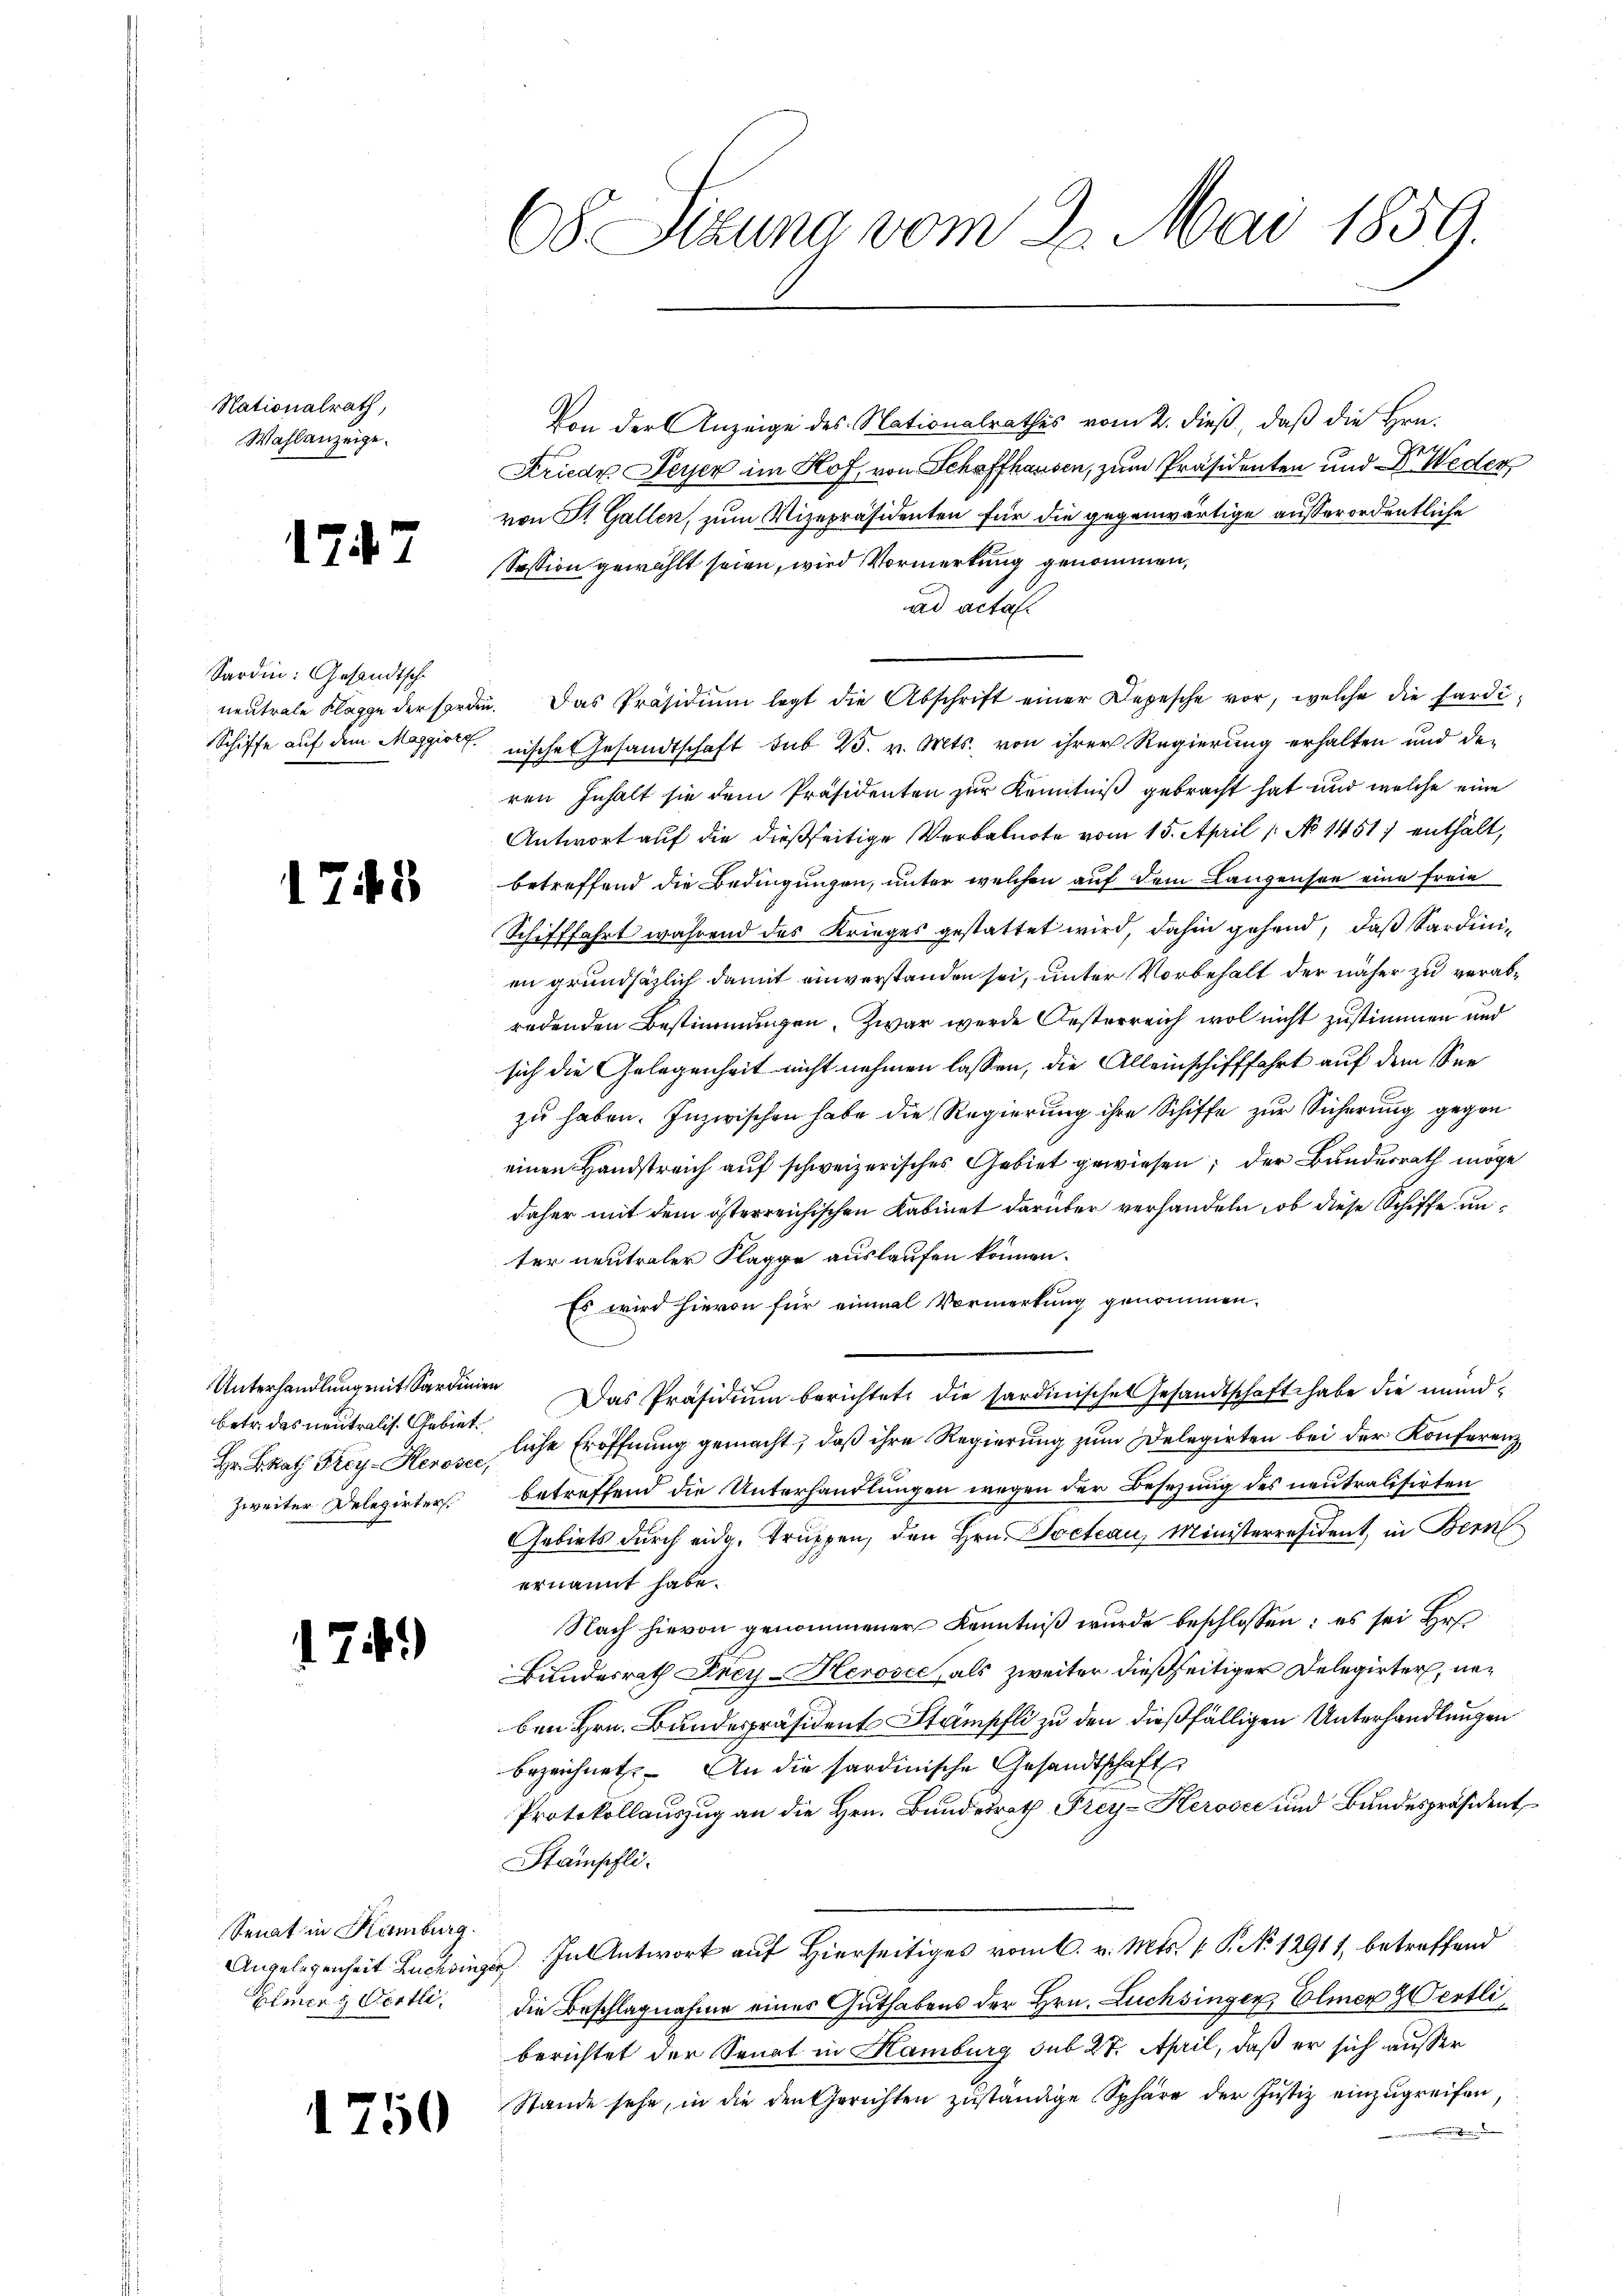
Nationalrath,
Wahlanzeige.

1747

Sardin: Gesandtsch
neutrale Klagge der Forden
Schiffe auf dem Maggiorg

1748

betr. das neutralis. Gebiet
Hr. BRat Frey-Keroser,
Zweiter Delegirter

1

)

Senat in Kamburg.
Elmer & Oertli

1250

68 Sitzung vom 2. Mai 1859.

Von der Anzeige des Nationalrathes vom 2. dieß, daß die Hrn.
Kriedr Feyer im Hof, von Schaffhausen, zum Präsidenten und Dr. Weder
von St. Gallen, zum Vizepräsidenten für die gegenwärtige ausserordentliche
Session gewählt seien, wird Vormerkung genommen,
uad acta.
. Das Präsidiŭm legt die Abschrift einer Depesche vor, welche die Sard.¬
nische Gesandtschaft sub 25. v. Mts. von ihrer Regierung erhalten und den
ren Inhalt sie dem Präsidenten zur Kenntniß gebracht hat und welche eine
Antwort auf die dießseitige Verbalnote vom 15. April /: No 1451) enthält,
betreffend die Bedingungen, unter welchen auf dem Langensee eine freie
Schifffahrt während des Krieges gestattet wird, dahin gehend, daß Sardinien grundsätzlich damit einverstanden sei, unter Vorbehalt der näher zu verabredenden Bestimmungen. Zwar werde Oesterreich wol nicht zustimmen und
sich die Gelegenheit nicht nehmen lassen, die Alleinschifffahrt auf dem Seezu haben. Inzwischen habe die Regierung ihre Schiffe zur Sicherung gegen
einen Handstreich auf schweizerisches Gebiet gewiesen; der Bundesrath möge
daher mit dem österreichischen Kabinet darüber verhandeln, ob diese Schiffe unter neutraler Klagge auslaufen können.
Es wird hievon für einmal Vormerkung genommen.
d
Unterhandlung mit Sardinien Das Präsidium berichtet die sardinisches Gesandtschaft habe die mündliche Eröffnung gemacht, daß ihre Regierung zum Delegirten bei der Konferenz
betreffend die Unterhandlungen wegen der Besetzung des neutralisirten
Gebiets durch eidg. Truppen, den Hrn. Docteau, Ministerresident, in Bern
ernannt habe.
Nach hievon genommener Kenntniß wurde beschlossen: es sei Hr.
Bundesrath Frey-Herosce, als zweiter dießseitiger Delegirter, naben Hrn. Bundespräsident Stampfli zu den dießfälligen Unterhandlungen
bezeichnet. An die sardinische Gesandtschaft
Protokollauszug an die Hrn. Bundesrath Frey- Herović und Bundespräsident
Stampfli
Angelegenheit Lackingen. In Antwort auf Hierseitiges vom 6. v. Mts. v. P. No 12911, betreffend
die Beschlagnahme eines Guthabens der Hrn. Lüchsingen Elmer & Oertliberichtet der Senat in Hamburg sub 27. April, daß er sich ausser
Stande sehe, in die den Gerichten zuständige Sphäre der Justiz einzugreifen,
.